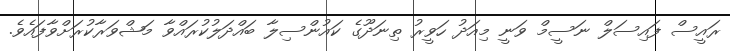
ރައީސް ފައިސަލް ނަސީމް ވަނީ މިއަދު ހަވީރު ތިނަދޫގެ ކައުންސިލާ ބައްދަލުކުރައްވާ މަޝްވަރާކުރަށްވާފައެވެ.